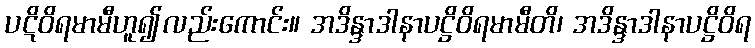
ပဋိဝိရမာမီဟူ၍လည်းကောင်း။ အဒိန္ဒာဒါနာပဋ္ဌိဝိရမာမီတိ၊ အဒိန္ဒာဒါနာပဋ္ဌိဝိရ